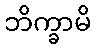
ဘိက္ခာမိ